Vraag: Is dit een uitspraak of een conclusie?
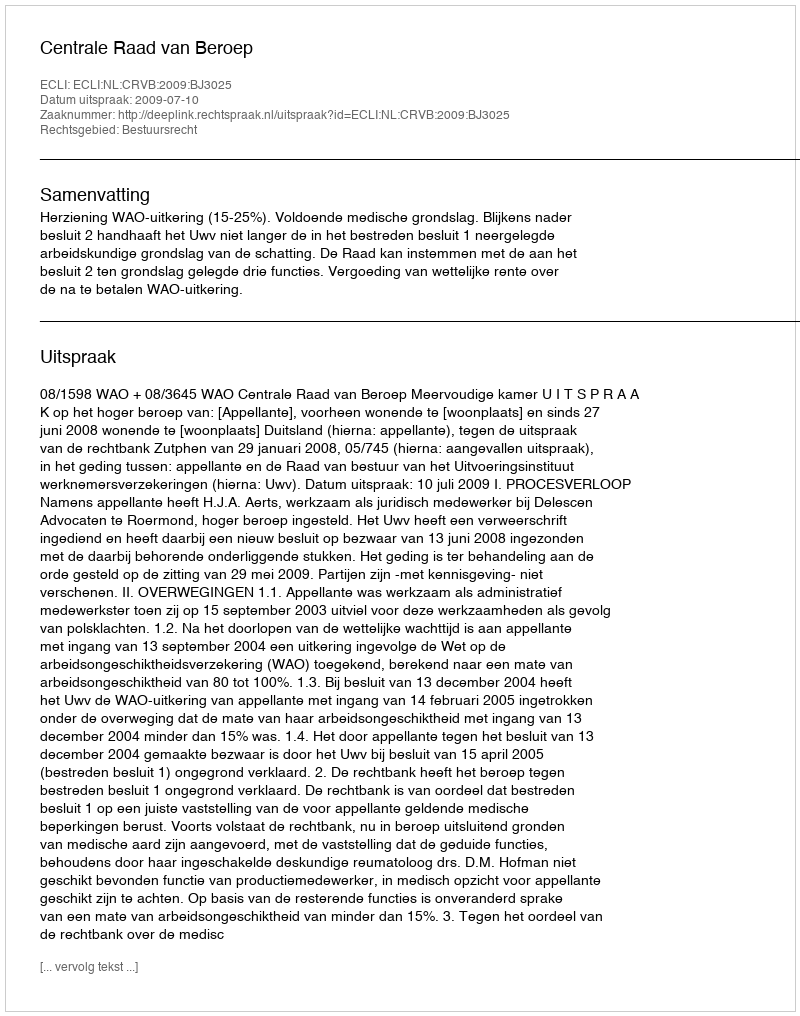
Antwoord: Uitspraak